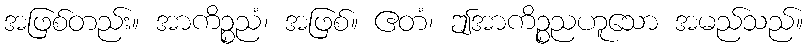
အဖြစ်တည်း။ အာကိဉ္စညံ၊ အဖြစ်။ ဧတံ၊ ဤအာကိဉ္စညဟူသော အမည်သည်။